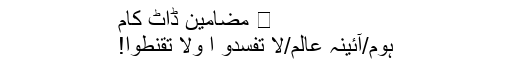
⋆ مضامین ڈاٹ کام
ہوم/آئینۂ عالم/لا تُفسِدُو ا وَلا تَقنطوا!